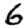
Digit: 6